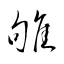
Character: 雊